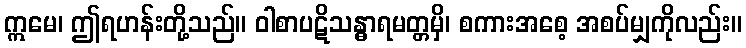
ဣမေ၊ ဤရဟန်းတို့သည်။ ဝါစာပဋိသန္ဓာရမတ္တမှိ၊ စကားအစေ့ အစပ်မျှကိုလည်း။